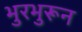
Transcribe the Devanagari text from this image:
भुरभुरून